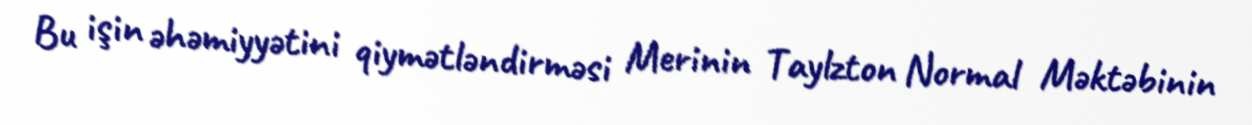
Bu işin əhəmiyyətini qiymətləndirməsi Merinin Taylzton Normal Məktəbinin